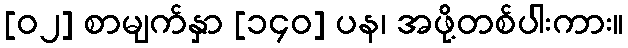
[၀၂] စာမျက်နှာ [၁၄၀] ပန၊ အဖို့တစ်ပါးကား။